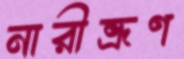
নারীভ্রূণ